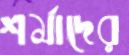
শর্মাদের